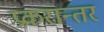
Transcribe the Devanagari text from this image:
प्रकरान्तर